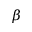
\beta